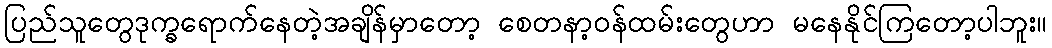
ပြည်သူတွေဒုက္ခရောက်နေတဲ့အချိန်မှာတော့ စေတနာ့ဝန်ထမ်းတွေဟာ မနေနိုင်ကြတော့ပါဘူး။